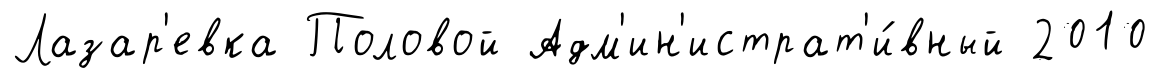
Лазар'евка Половой Адм'ин'истрат'и́вный 2010